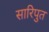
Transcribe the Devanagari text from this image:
सारिपुत